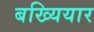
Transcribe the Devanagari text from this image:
बख्यियार